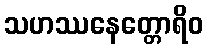
သဟဿနေတ္တောရိဝ